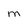
Character: M